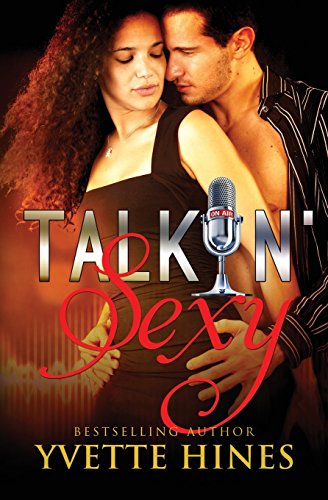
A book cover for Talkin' Sexy; Yvette Hines; Romance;